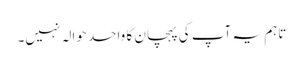
تاہم یہ آپ کی پہچان کا واحد حوالہ نہیں۔